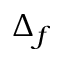
\Delta _ { f }